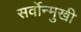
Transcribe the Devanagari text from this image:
सर्वोन्मुखी